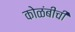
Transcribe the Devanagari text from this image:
कोळंबीची